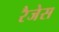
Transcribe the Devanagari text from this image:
रैजेस